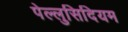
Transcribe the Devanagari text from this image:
पेल्लुसिदियम